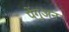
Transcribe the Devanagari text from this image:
पेंगुअन